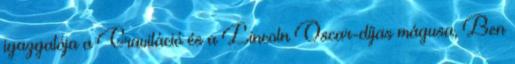
igazgatója a Gravitáció és a Lincoln Oscar-díjas mágusa, Ben